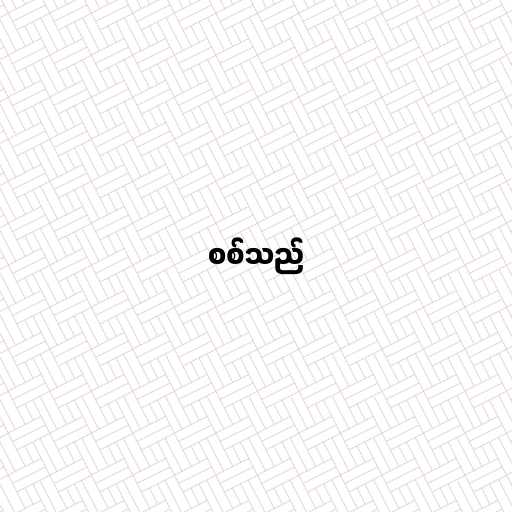
စစ်သည်